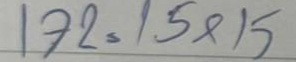
172 = 15x15